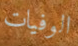
الوفيات